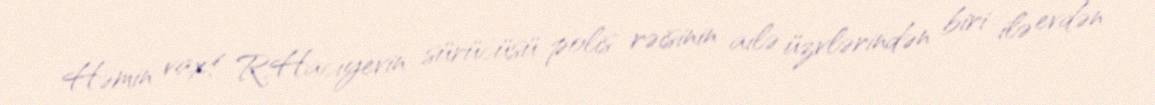
Həmin vaxt R.Hacıyevin sürücüsü polis rəisinin ailə üzvlərindən biri ilə evdən